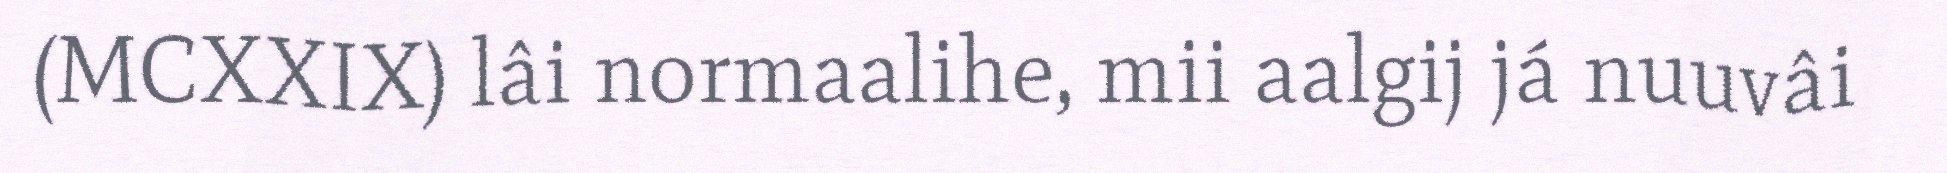
(MCXXIX) lâi normaalihe, mii aalgij já nuuvâi